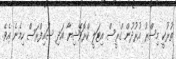
ތުރުކީ މިސްރު އުރުދުން ގްރީސް އިޓަލީ ކްރޮވޭޝިޔާ އަދި ސައިފްރަސް ހިމެނެ އެވެ.